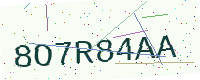
Text: 8O7R84AA